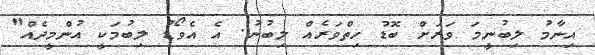
އިނާމު ލިބުނީމަ ވަރަށް ބޮޑު ހިތްވަރެއް ލިބުނު. އެ އެވޯޑު ލިބުމަކީ އުންމީދެއް"